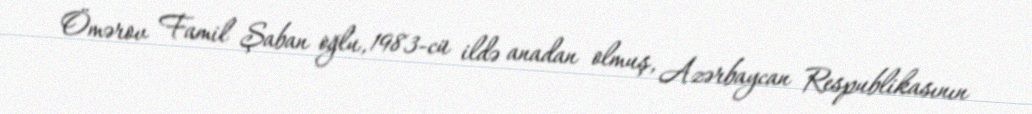
Ömərov Famil Şaban oğlu, 1983-cü ildə anadan olmuş, Azərbaycan Respublikasının